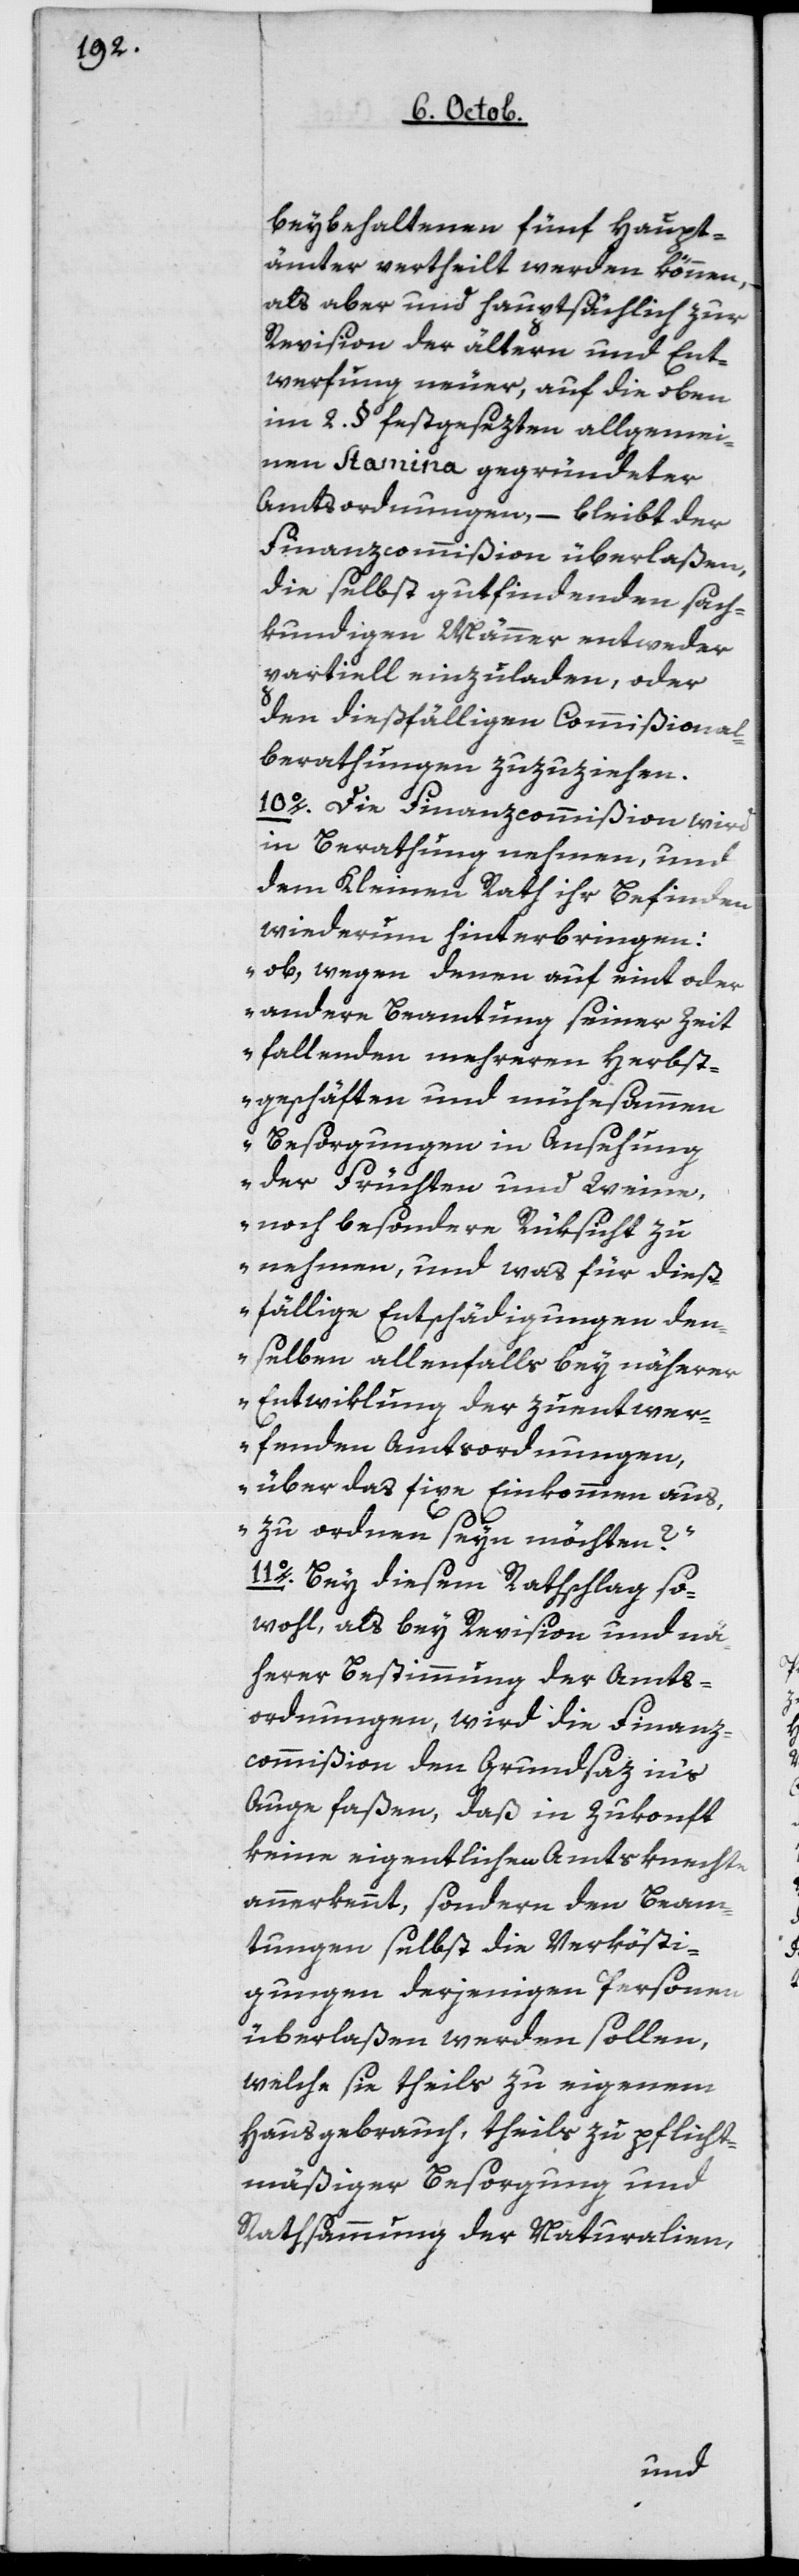
beybehaltenen fünf Haupt¬
ämter vertheilt werden können,
als aber und hauptsächlich zur
Revision der ältern und Ent¬
werfung neuer, auf die oben
im 2 § festgesezten allgemei¬
nen Stamina gegründeter
Amtsordnungen, – bleibt der
Finanzcommißion überlaßen,
die selbst gut findenden sach¬
kundigen Männer entweder
partiell einzuladen, oder
den dießfälligen Commißional¬
berathungen zuzuziehen.
10o Die Finanzcommißion wird
in Berathung nehmen, und
dem Kleinen Rath ihr Befinden
wiederum hinterbringen:
„ob, wegen denen auf eint oder
andere Beamtung seiner Zeit
fallenden mehreren Herbst¬
geschäften und mühesammen
Besorgungen in Ansehung
der Früchten und Weine,
noch besondere Rüksicht zu
nehmen, und was für dieß¬
fällige Entschädigungen den¬
selben allenfalls bey näherer
Entwiklung der zu entwer¬
fenden Amtsordnungen
über das fixe Einkommen aus,
zu ordnen sein möchten?“
11o bey diesem Rathschlag so¬
wohl, als bey Revision und nä¬
herer Bestimmung der Amts¬
ordnungen, wird die Finanz¬
commißion den Grundsaz in‘s
Auge faßen, daß in Zukonft
keine eigentlichen Amtsknechte
anerkannt, sondern den Beam¬
tungen selbst die Verkösti¬
gungen derjenigen Personen
überlaßen werden sollen,
welche sie theils zu eigenem
Hausgebrauch, theils zu pflicht¬
mäßiger Besorgung und
Rathsammung der Naturalien,